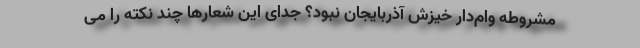
مشروطه وام‌دار خیزش آذربایجان نبود؟ جدای این شعارها چند نکته را می